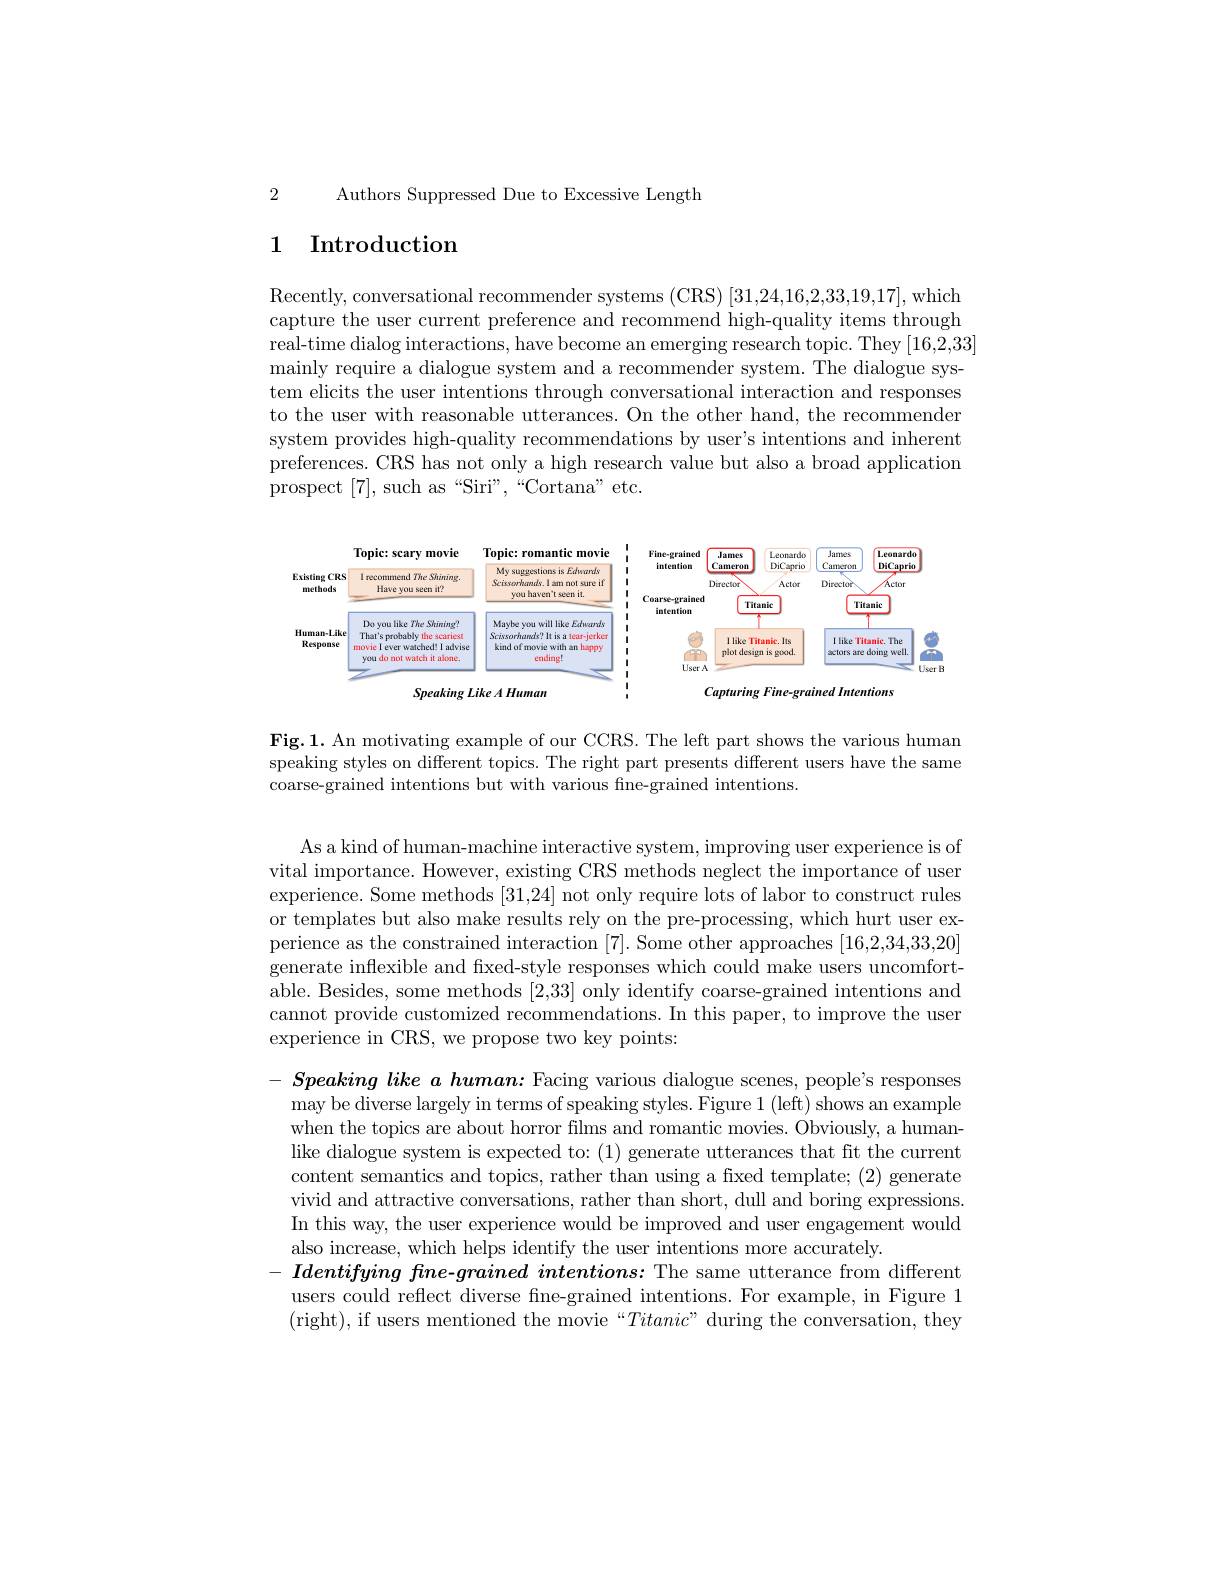
2 Authors Suppressed Due to Excessive Length

## 1 Introduction

Recently, conversational recommender systems ( CRS) [ 31, 24, 16, 2, 33, 19, 17] , which capture the user current preference and recommend high-quality items through real-time dialog interactions, have become an emerging research topic. They [16,2,33] mainly require a dialogue system and a recommender system. The dialogue system elicits the user intentions through conversational interaction and responses to the user with reasonable utterances. On the other hand, the recommender system provides high-quality recommendations by user's intentions and inherent preferences. CRS has not only a high research value but also a broad application prospect [7],such as“Siri”,“Cortana" etc.

<FigureHere>

Fig.1. An motivating example of our CCRS. The left part shows the various human speaking styles on different topics. The right part presents different users have the same coarse-grained intentions but with various fine-grained intentions.

As a kind of human-machine interactive system, improving user experience is of vital importance. However, existing CRS methods neglect the importance of user experience. Some methods [31,24] not only require lots of labor to construct rules or templates but also make results rely on the pre-processing, which hurt user experience as the constrained interaction [7]. Some other approaches [16,2,34,33,20] generate inflexible and fixed-style responses which could make users uncomfortable. Besides, some methods [2,33] only identify coarse-grained intentions and cannot provide customized recommendations. In this paper, to improve the user experience in CRS, we propose two key points:

$S\textit{peaking like a human: Facing various dialogue scenes, people' s responses}$ may be diverse largely in terms of speaking styles. Figure 1 (left) shows an example when the topics are about horror films and romantic movies. Obviously, a humanlike dialogue system is expected to: (1) generate utterances that fit the current content semantics and topics, rather than using a fixed template; (2) generate vivid and attractive conversations, rather than short, dull and boring expressions In this way, the user experience would be improved and user engagement would also increase, which helps identify the user intentions more accurately.
Identifying fne-grained intentions: The same utterance from different users could reflect diverse fine-grained intentions. For example, in Figure 1 (right), if users mentioned the movie“Titanic” during the conversation, they